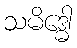
သမိဒ္ဓေါ